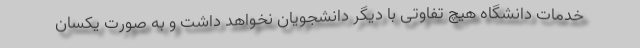
خدمات دانشگاه هیچ تفاوتی با دیگر دانشجویان نخواهد داشت و به صورت یکسان